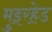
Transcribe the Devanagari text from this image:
मुइरहेड